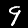
Digit: 9